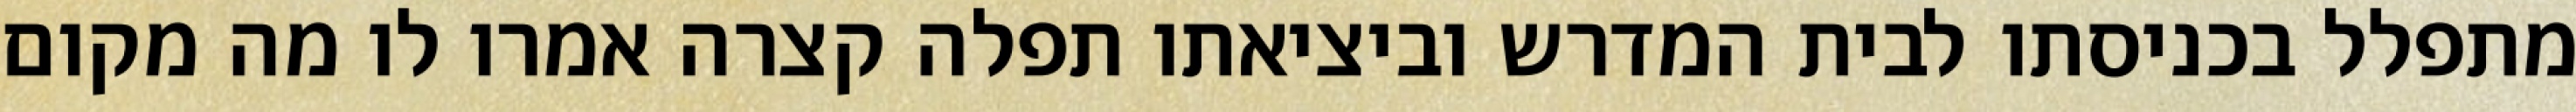
מתפלל בכניסתו לבית המדרש וביציאתו תפלה קצרה אמרו לו מה מקום